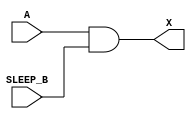
module sky130_fd_sc_lp__iso0n_2 (
    X      ,
    A      ,
    SLEEP_B
);
    output X      ;
    input  A      ;
    input  SLEEP_B;
    and and0 (X     , A, SLEEP_B     );
endmodule